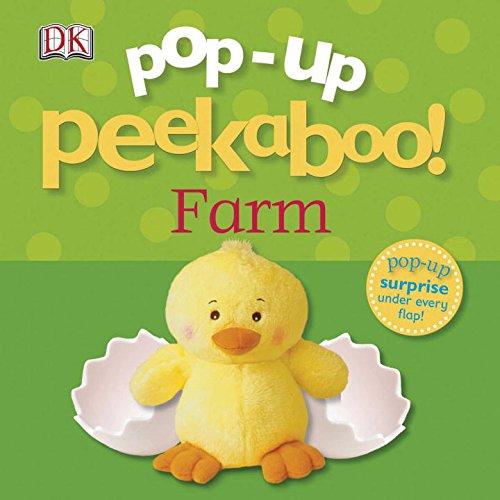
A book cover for Pop-Up Peekaboo: Farm; DK Publishing; Children's Books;